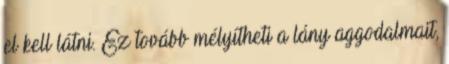
el kell látni. Ez tovább mélyítheti a lány aggodalmait,